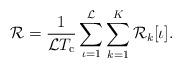
LaTeX: \begin{align*}\mathcal{R} = \frac{1}{\mathcal{L}T_\mathrm{c}}\sum_{\iota=1}^{\mathcal{L}}\sum_{k=1}^{K}\mathcal{R}_k[\iota].\end{align*}